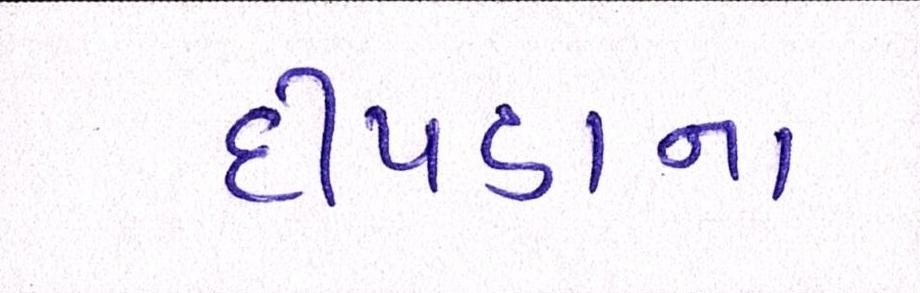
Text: દીપડાના